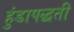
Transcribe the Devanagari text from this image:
हुंडापद्धती